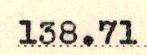
138.71